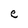
Character: e